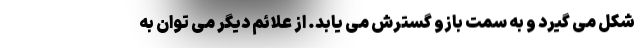
شکل می گیرد و به سمت بازو گسترش می یابد. از علائم دیگر می توان به